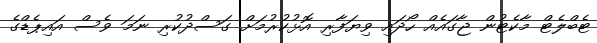
ޓެބްލެޓް މާކެޓުން ޖާގައެއް ހޯދައި ވިޔަފާރި އޮޅުކުރުމަށް ގަސްދުކުރި ނަމަ ވެސް އައިޕެޑްގެ